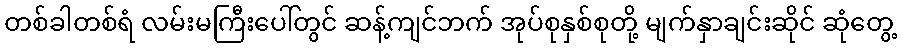
တစ်ခါတစ်ရံ လမ်းမကြီးပေါ်တွင် ဆန့်ကျင်ဘက် အုပ်စုနှစ်စုတို့ မျက်နှာချင်းဆိုင် ဆုံတွေ့